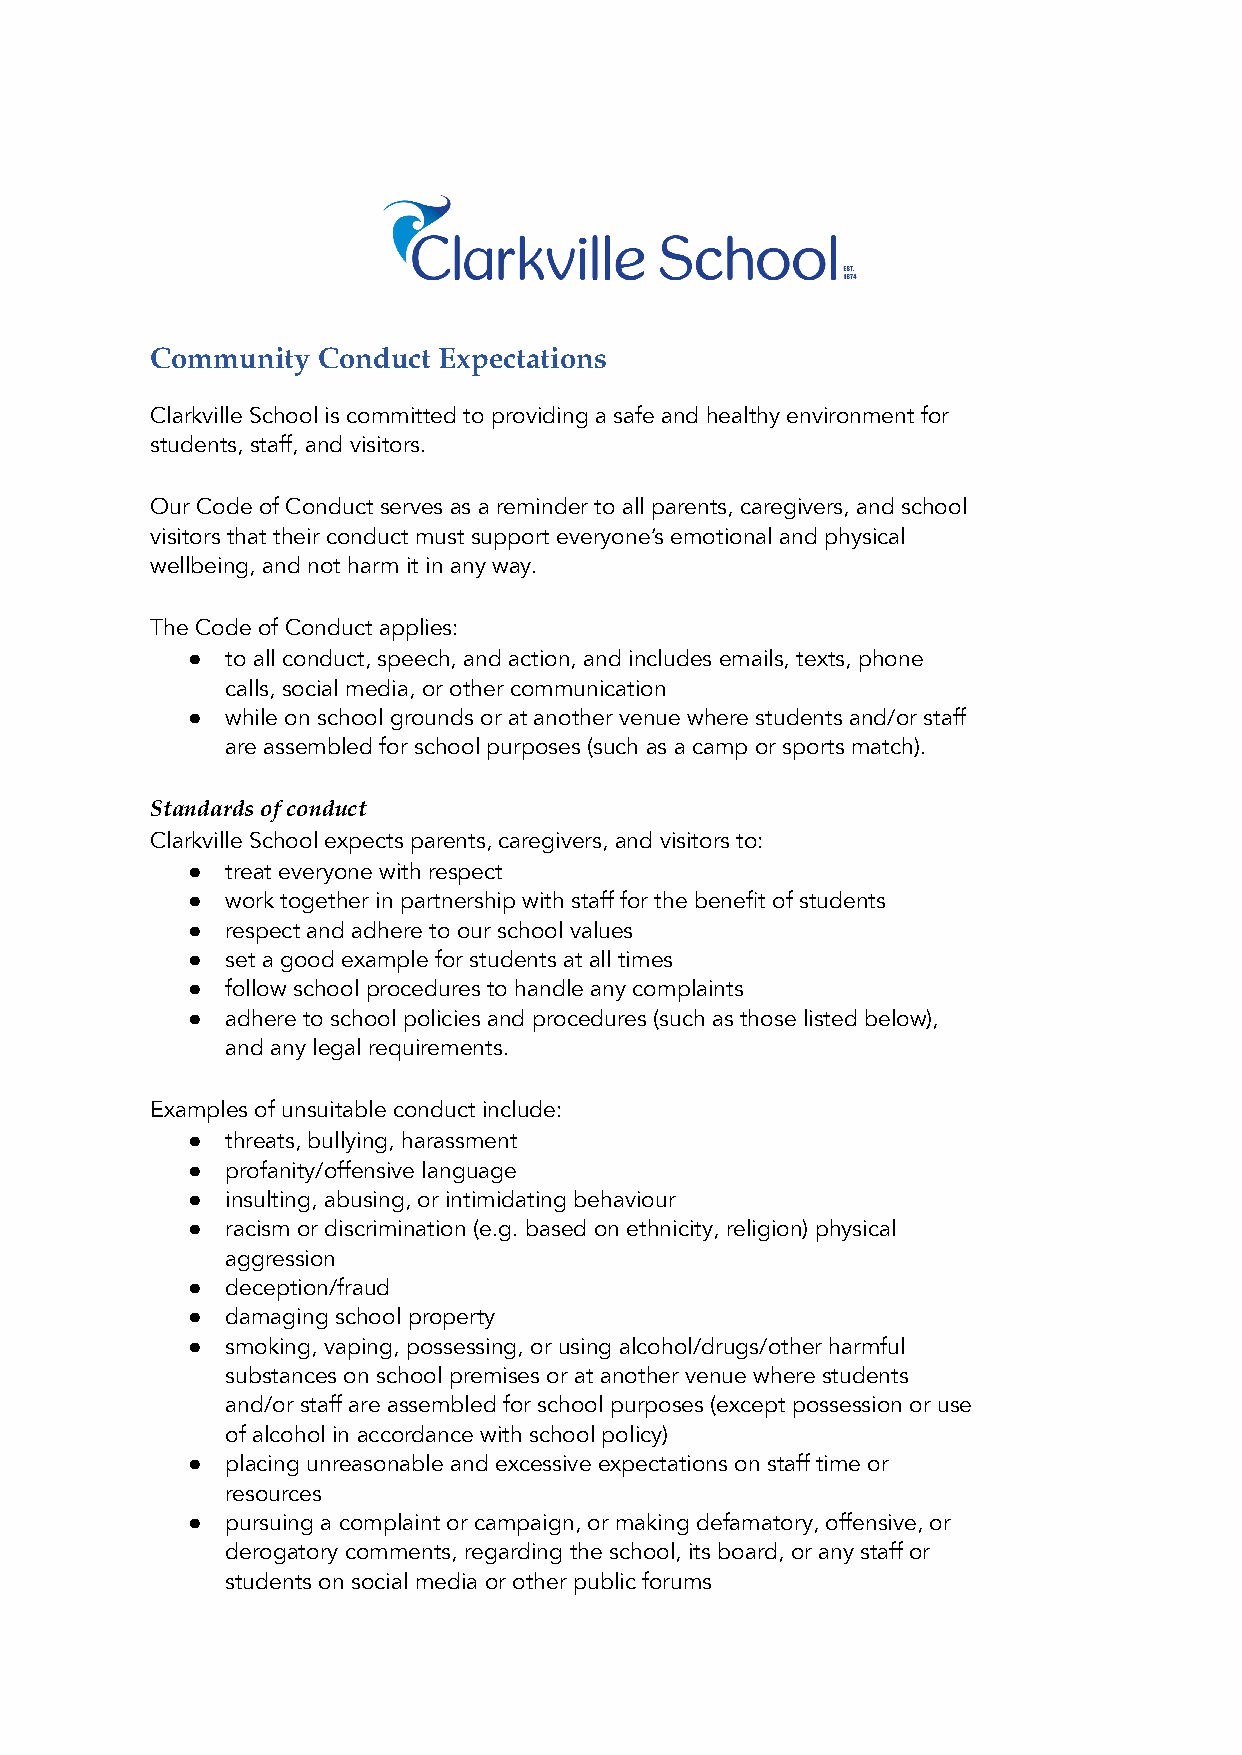
Community  Conduct Expectations
 Clarkville School is committed to providing a safe and healthy environment for
 students, staff, and visitors.
 Our Code of Conduct serves as a reminder to all parents, caregivers, and school
 visitors that their conduct must support everyone’s emotional and physical
 wellbeing, and not harm it in any way.
 The Code of Conduct applies:
 ●  to all conduct, speech, and action, and includes emails, texts, phone
 calls, social media, or other communication
 ●  while on school grounds or at another venue where students and/or staff
 are assembled for school purposes (such as a camp or sports match).
 Standards of conduct
 Clarkville School expects parents, caregivers, and visitors to:
 ●  treat everyone with respect
 ●  work together in partnership with staff for the benefit of students
 ●  respect and adhere to our school values
 ●  set a good example for students at all times
 ●  follow school procedures to handle any complaints
 ●  adhere to school policies and procedures (such as those listed below),
 and any legal requirements.
 Examples of unsuitable conduct include:
 ●  threats, bullying, harassment
 ●  profanity/offensive language
 ●  insulting, abusing, or intimidating behaviour
 ●  racism or discrimination (e.g. based on ethnicity, religion) physical
 aggression
 ●  deception/fraud
 ●  damaging school property
 ●  smoking, vaping, possessing, or using alcohol/drugs/other harmful
 substances on school premises or at another venue where students
 and/or staff are assembled for school purposes (except possession or use
 of alcohol in accordance with school policy)
 ●  placing unreasonable and excessive expectations on staff time or
 resources
 ●  pursuing a complaint or campaign, or making defamatory, offensive, or
 derogatory comments, regarding the school, its board, or any staff or
 students on social media or other public forums